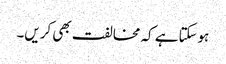
ہوسکتاہے کہ مخالفت بھی کریں۔